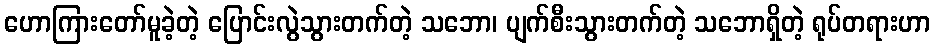
ဟောကြားတော်မူခဲ့တဲ့ ပြောင်းလွဲသွားတက်တဲ့ သဘော၊ ပျက်စီးသွားတက်တဲ့ သဘောရှိတဲ့ ရုပ်တရားဟာ